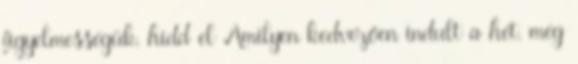
figyelmességük, hidd el Amilyen kedvezően indult a hét, még